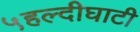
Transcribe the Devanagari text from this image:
५हल्दीघाटी